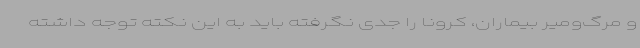
و مرگ‌ومیر بیماران، کرونا را جدی نگرفته باید به این نکته توجه داشته